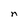
Character: n